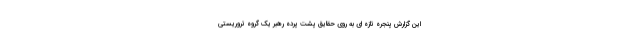
این گزارش پنجره تازه ای به روی حقایق پشت پرده رهبر یک گروه تروریستی